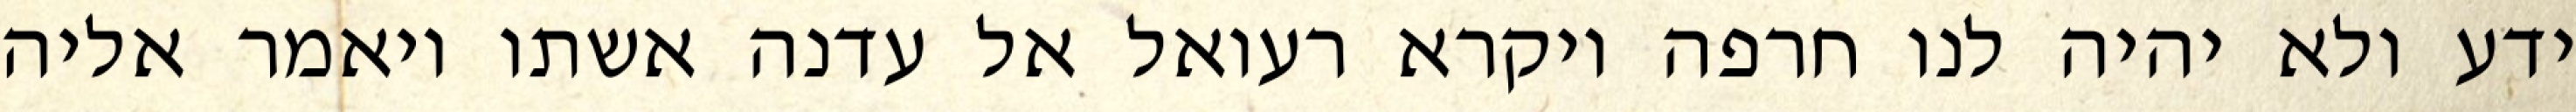
ידע ולא יהיה לנו חרפה ויקרא רעואל אל עדנה אשתו ויאמר אליה